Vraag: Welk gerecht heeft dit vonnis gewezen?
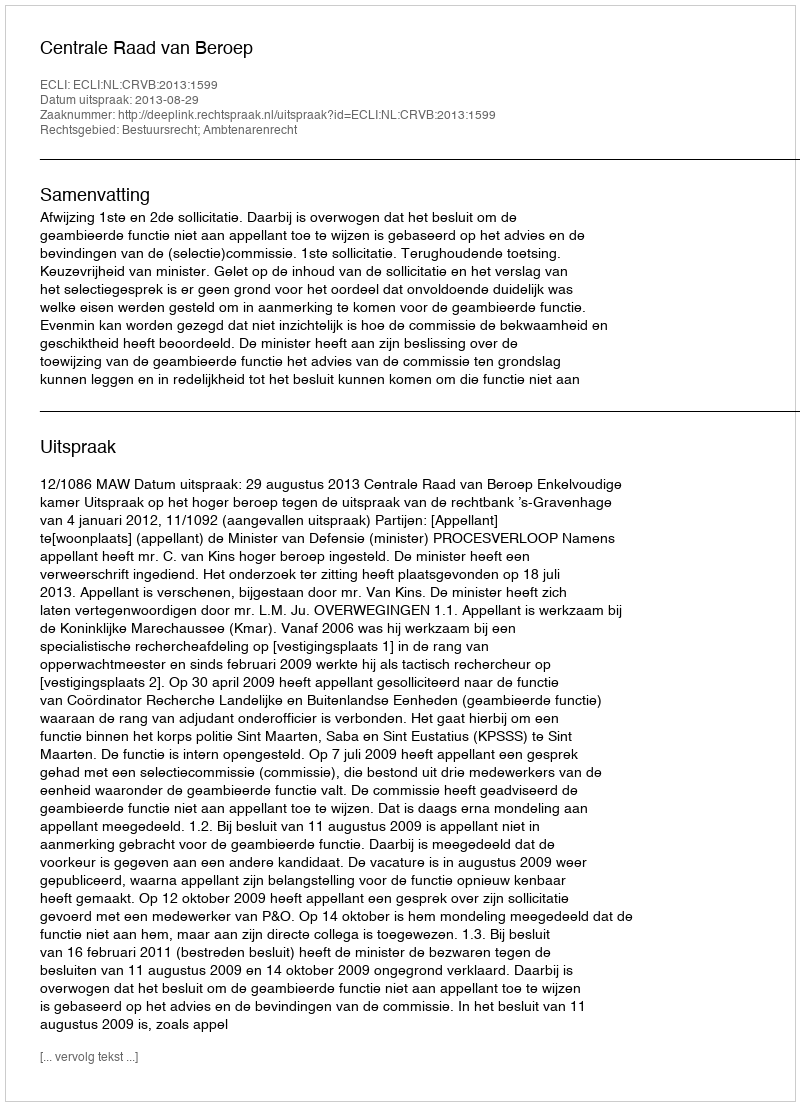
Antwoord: Centrale Raad van Beroep